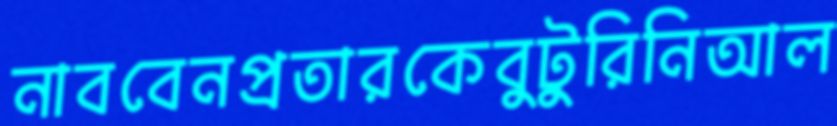
নাববেনপ্রতারকেবুটুরিনিআল